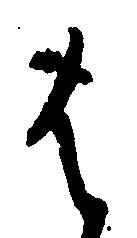
は